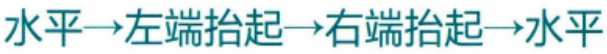
水平$\to$左端抬起$\to$右端抬起$\to$水平